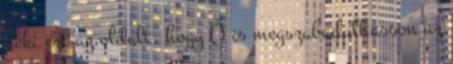
neki ezt az oldalt, hogy Ő is megszabadulhasson az